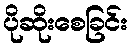
ပိုဆိုးစေခြင်း